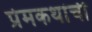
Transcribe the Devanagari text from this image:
प्रेमकथांची